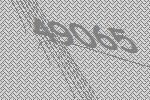
49065